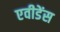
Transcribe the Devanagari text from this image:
एवीडेंस